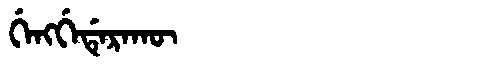
Manchu: ᡤᡝᠩᡤᡝᡩᡝᡵᠠᡴᡡ
Romanization: GENGGEDERAKŪ